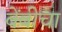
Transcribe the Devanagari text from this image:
बेंबीचा